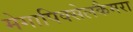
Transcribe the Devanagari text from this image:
मेगापिक्सेलकैमरा